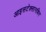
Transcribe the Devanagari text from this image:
आइसटेक्सानथिन